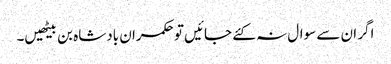
اگر ان سے سوال نہ کئے جائیں تو حکمران بادشاہ بن بیٹھیں۔